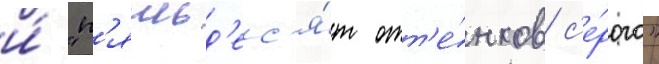
и́ "п'ятьд'ес'я́т отт'е́нков с'е́рого"